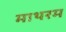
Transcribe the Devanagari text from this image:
माथरम